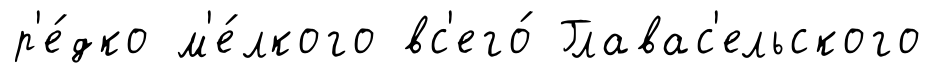
р'е́дко м'е́лкого вс'его́ Главас'ельского